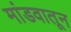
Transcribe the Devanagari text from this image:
मांडवातून